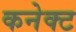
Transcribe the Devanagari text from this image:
कनेक्‍ट